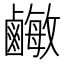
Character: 𪉾